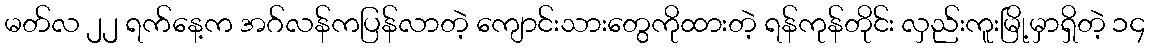
မတ်လ ၂၂ ရက်နေ့က အဂ်လန်ကပြန်လာတဲ့ ကျောင်းသားတွေကိုထားတဲ့ ရန်ကုန်တိုင်း လှည်းကူးမြို့မှာရှိတဲ့ ၁၄